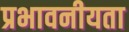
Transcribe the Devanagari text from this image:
प्रभावनीयता